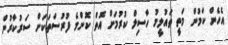
އެހެން ކަމުން މަތީ ތައުލީމު ހާސިލް ކުރުމަށް އޮތް ކޮންމެ ފުރުސަތަކަށް ސަރުކާރުން